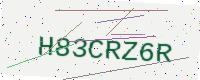
Text: H83CRZ6R